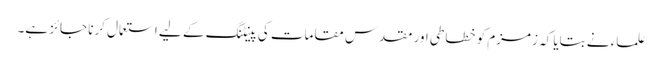
علماء نے بتایا کہ زمزم کو خطاطی اور مقدس مقامات کی پینٹنگ کے لیے استعمال کرنا جائز ہے۔